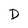
Character: D